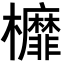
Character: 𣡂